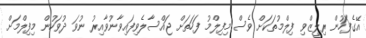
އޭގެފަހުން ރިލީޒްވި ފިލްމުތަކަށް ވެސް މިފިލްމު ފަހަތަށް ޖައްސާލެވިފައިވާނުވާއިރު ނުވަ ދުވަހުން މިފިލްމަށް